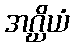
အဂ္ဃိယံ